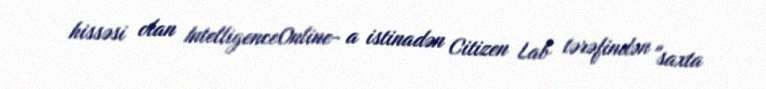
hissəsi olan IntelligenceOnline- a istinadən Citizen Lab tərəfindən "saxta